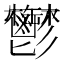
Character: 鬱